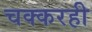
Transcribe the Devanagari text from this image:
चक्करही